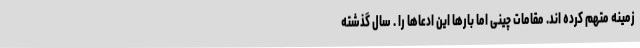
زمینه متهم کرده اند. مقامات چینی اما بارها این ادعاها را . سال گذشته